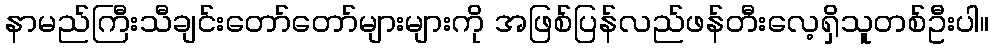
နာမည်ကြီးသီချင်းတော်တော်များများကို အဖြစ်ပြန်လည်ဖန်တီးလေ့ရှိသူတစ်ဦးပါ။